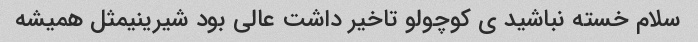
سلام خسته نباشید ی کوچولو تاخیر داشت عالی بود شیرینیمثل همیشه